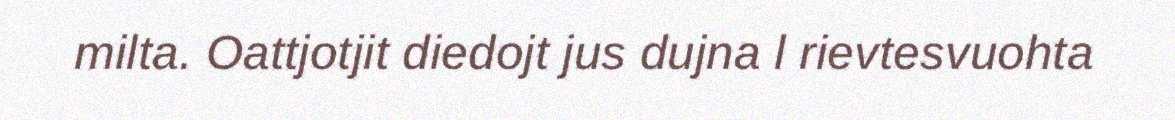
milta. Oattjotjit diedojt jus dujna l rievtesvuohta